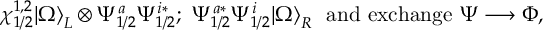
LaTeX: \chi _ { 1 / 2 } ^ { 1 , 2 } | \Omega { \rangle } _ { L } \otimes { \Psi } _ { 1 / 2 } ^ { a } { \Psi } _ { 1 / 2 } ^ { i * } ; \, \, { \Psi } _ { 1 / 2 } ^ { a * } { \Psi } _ { 1 / 2 } ^ { i } | \Omega { \rangle } _ { R } \ \ \mathrm { a n d ~ e x c h a n g e } \ \Psi \longrightarrow \Phi ,